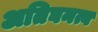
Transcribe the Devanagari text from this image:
अतिघनत्व